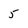
Character: 5